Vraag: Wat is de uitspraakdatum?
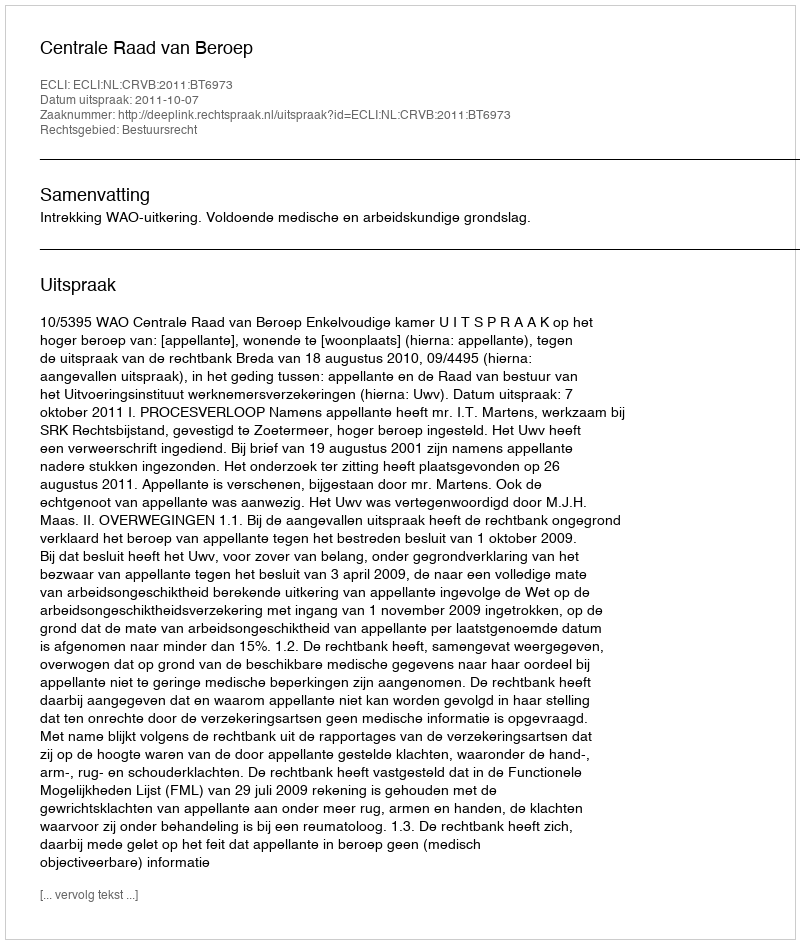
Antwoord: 2011-10-07